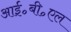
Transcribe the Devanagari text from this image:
आई॰बी॰एल